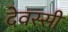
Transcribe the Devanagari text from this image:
देवस्सी